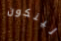
لينكون